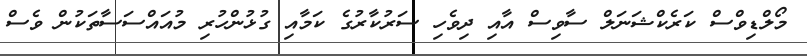
މޯލްޑިވްސް ކަރެކްޝަނަލް ސާވިސް އާއި ދިވެހި ސަރުކާރުގެ ކަމާއި ގުޅުންހުރި މުއައްސަސާތަކުން ވެސް